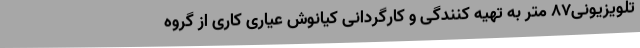
تلویزیونی87 متر به تهیه کنندگی و کارگردانی کیانوش عیاری کاری از گروه